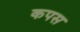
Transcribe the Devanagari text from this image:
कपस